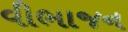
વીભાજન